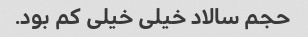
حجم سالاد خیلی خیلی کم بود.